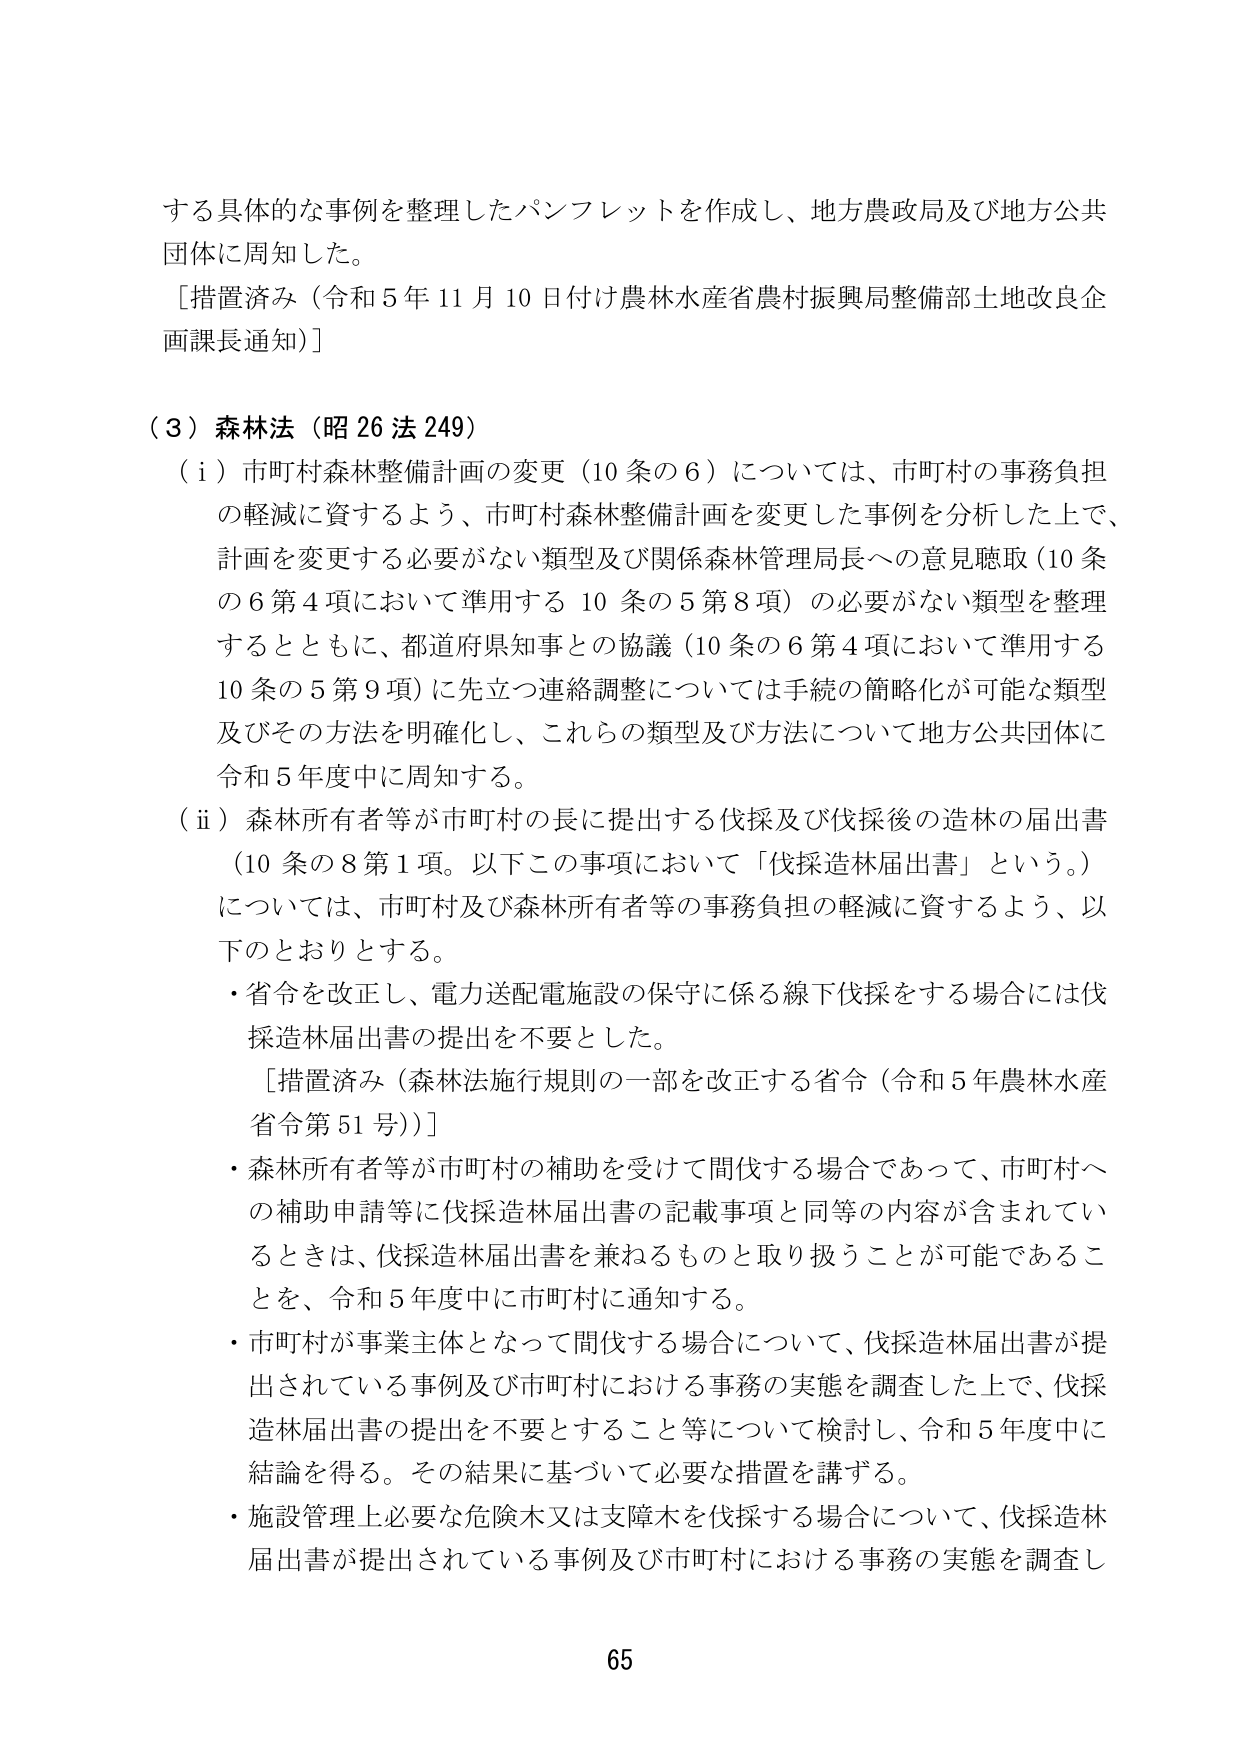
する具体的な事例を整理したパンフレットを作成し、地方農政局及び地方公共団体に周知した。
［措置済み（令和５年１１月１０日付け農林水産省農村振興局整備部土地改良企画課長通知）］

（３）森林法（昭２６法２４９）
（ⅰ）市町村森林整備計画の変更（10条の6）については、市町村の事務負担の軽減に資するよう、市町村森林整備計画を変更した事例を分析した上で、計画を変更する必要がない類型及び関係森林管理局長への意見聴取（10条の6第4項において準用する10条の5第8項）の必要がない類型を整理するとともに、都道府県知事との協議（10条の6第4項において準用する10条の5第9項）に先立つ連絡調整については手続の簡略化が可能な類型及びその方法を明確化し、これらの類型及び方法について地方公共団体に令和5年度中に周知する。
（ⅱ）森林所有者等が市町村の長に提出する伐採及び伐採後の造林の届出書（10条の8第1項。以下この事項において「伐採造林届出書」という。）については、市町村及び森林所有者等の事務負担の軽減に資するよう、以下のとおりとする。
・省令を改正し、電力送配電施設の保守に係る線下伐採をする場合には伐採造林届出書の提出を不要とした。
［措置済み（森林法施行規則の一部を改正する省令（令和5年農林水産省令第51号））］
・森林所有者等が市町村の補助を受けて間伐する場合であって、市町村への補助申請等に伐採造林届出書の記載事項と同等の内容が含まれているときは、伐採造林届出書を兼ねるものと取り扱うことが可能であることを、令和5年度中に市町村に通知する。
・市町村が事業主体となって間伐する場合について、伐採造林届出書が提出されている事例及び市町村における事務の実態を調査した上で、伐採造林届出書の提出を不要とすること等について検討し、令和5年度中に結論を得る。その結果に基づいて必要な措置を講ずる。
・施設管理上必要な危険木又は支障木を伐採する場合について、伐採造林届出書が提出されている事例及び市町村における事務の実態を調査し

65